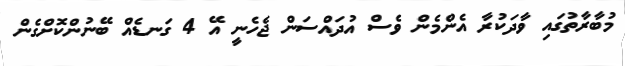
މުބާރާތުގައި ވާދަކުރާ އެންމެން ވެސް އުދައްސަން ޖެހެނީ އޭ 4 ގަނޑެއް ބޭނުންކޮށްގެން